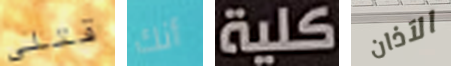
قتلى أنك كلية الآذان